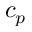
c _ { p }